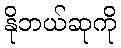
နိုဘယ်ဆုကို